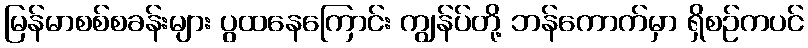
မြန်မာစစ်စခန်းများ ပွထနေကြောင်း ကျွန်ပ်တို့ ဘန်ကောက်မှာ ရှိစဉ်ကပင်